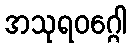
အသုရဝဂ္ဂေါ